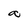
Character: a